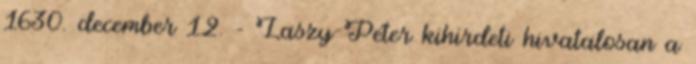
1630. december 12. – Laszy Péter kihirdeti hivatalosan a